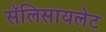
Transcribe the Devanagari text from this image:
सॅलिसायलेट